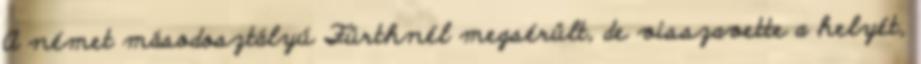
A német másodosztályú Fürthnél megsérült, de visszavette a helyét,